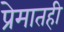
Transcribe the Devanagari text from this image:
प्रेमातही